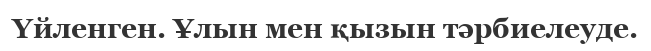
Үйленген. Ұлын мен қызын тәрбиелеуде.